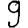
Digit: 9